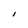
Character: I